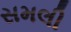
સમલી